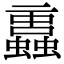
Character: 𧔁